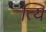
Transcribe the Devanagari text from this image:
त्यि